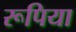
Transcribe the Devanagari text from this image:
रूपिया